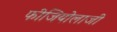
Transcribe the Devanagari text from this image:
फीजियोलाजी